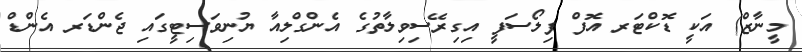
މީނާޒް) އަކީ ޑޮކްޓަރ އޮފް ފިލޯސަފީ އިގިރޭސިވިލާތުގެ އެންގްލިއާ ޔުނިވަސިޓީގައި ޖެންޑަރ އެންޑް